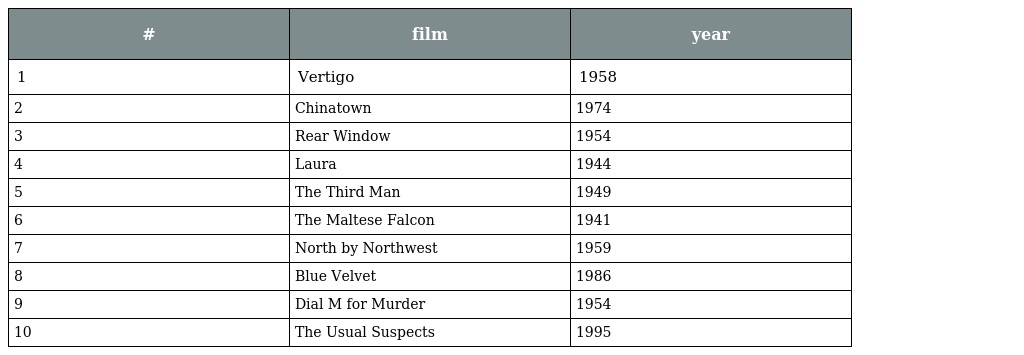
| # | film | year |
 | --- | --- | --- |
 | 1 | Vertigo | 1958 |
 | 2 | Chinatown | 1974 |
 | 3 | Rear Window | 1954 |
 | 4 | Laura | 1944 |
 | 5 | The Third Man | 1949 |
 | 6 | The Maltese Falcon | 1941 |
 | 7 | North by Northwest | 1959 |
 | 8 | Blue Velvet | 1986 |
 | 9 | Dial M for Murder | 1954 |
 | 10 | The Usual Suspects | 1995 |